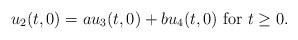
LaTeX: \begin{align*}u_2(t, 0) = a u_{3}(t, 0) + b u_{4}(t, 0) \mbox{ for } t \ge 0.\end{align*}